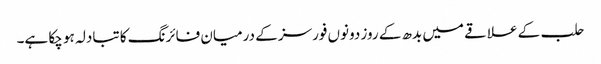
حلب کے علاقے میں بدھ کے روز دونوں فورسز کے درمیان فائرنگ کا تبادلہ ہو چکا ہے۔